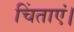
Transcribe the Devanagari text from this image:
चिंताएं।